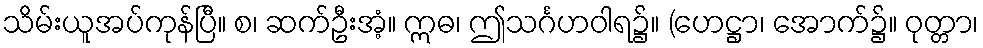
သိမ်းယူအပ်ကုန်ပြီ။ စ၊ ဆက်ဦးအံ့။ ဣဓ၊ ဤသင်္ဂဟဝါရ၌။ (ဟေဋ္ဌာ၊ အောက်၌။ ဝုတ္တာ၊